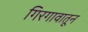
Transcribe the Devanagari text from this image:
गिरगावातून